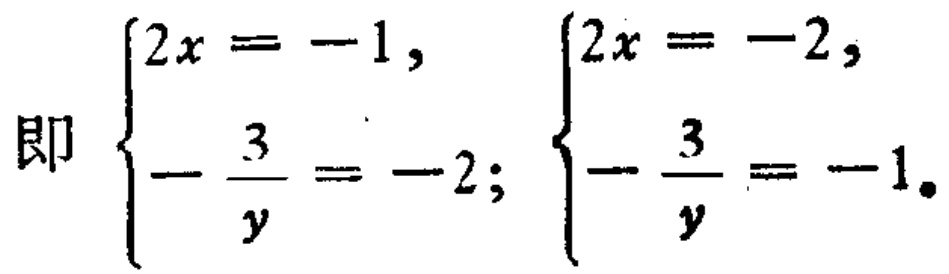
即 $\begin{cases}2x = -1,\\-\dfrac{3}{y} = -2;\end{cases}$ $\begin{cases}2x = -2,\\-\dfrac{3}{y} = -1。\end{cases}$